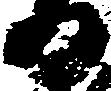
日